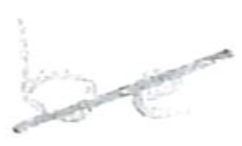
Text: be
Cross-out: diagonal
Writing tool: pencil